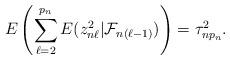
LaTeX: \begin{align*}E\left(\sum^{p_n}_{\ell=2}E(z_{n\ell}^2|\mathcal{F}_{n(\ell-1)})\right)=\tau_{np_n}^2.\end{align*}